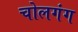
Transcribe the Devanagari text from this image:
चोलगंग